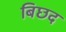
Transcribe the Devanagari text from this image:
बिछद